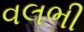
વલભી